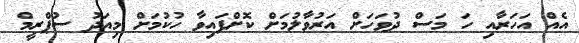
އެއް އަހަރާއި ހަ މަސް ދުވަހަށް އަރުވާލުމަށް ކޮށްފައިވާ ހުކުމަށް މިއަދު ސުޕްރީމް